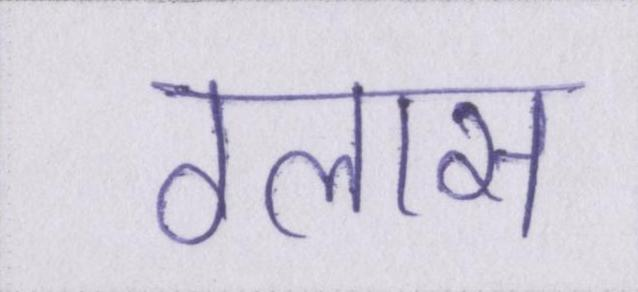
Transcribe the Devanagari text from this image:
ग्लास